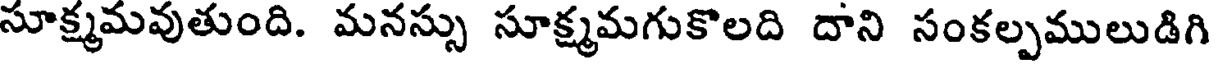
సూక్ష్మమవుతుంది. మనస్సు సూక్ష్మమగుకొలది దాని సంకల్పములుడిగి